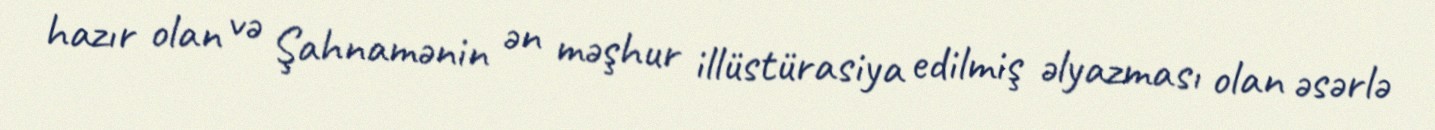
hazır olan və Şahnamənin ən məşhur illüstürasiya edilmiş əlyazması olan əsərlə